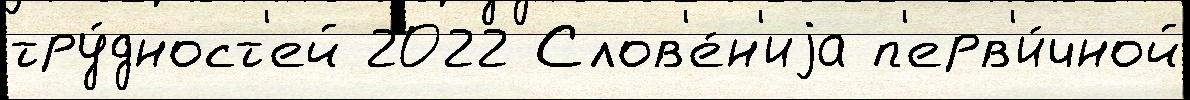
тру́дност'ей 2022 Слов'е́н'иjа п'ерв'и́чной